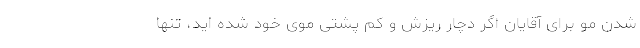
شدن مو برای آقایان اگر دچار ریزش و کم پشتی موی خود شده اید، تنها